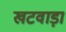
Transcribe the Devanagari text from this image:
खटवाड़ा